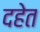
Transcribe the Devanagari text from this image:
दहेत